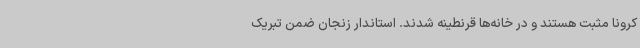
کرونا مثبت هستند و در خانه‌ها قرنطینه شدند. استاندار زنجان ضمن تبریک